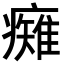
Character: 𭼯